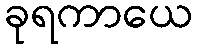
ခုရကာယေ